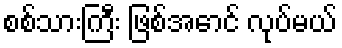
စစ်သားကြီး ဖြစ်အောင် လုပ်မယ်